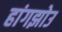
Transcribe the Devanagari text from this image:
हांगझोउ